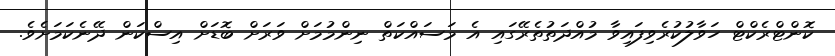
ކޮންޓްރެކްޓް ހަވާލުކުރެވިފައިވާ މުއްދަތުތެރޭގައި އެ މަސައްކަތް ނިންމުމަށް ވަރަށް ބޮޑަށް އިސްކަން ދޭނެކަމަށެވެ.